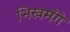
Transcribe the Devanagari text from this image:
भिखमँगे